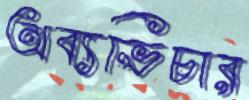
অব্যভিচার